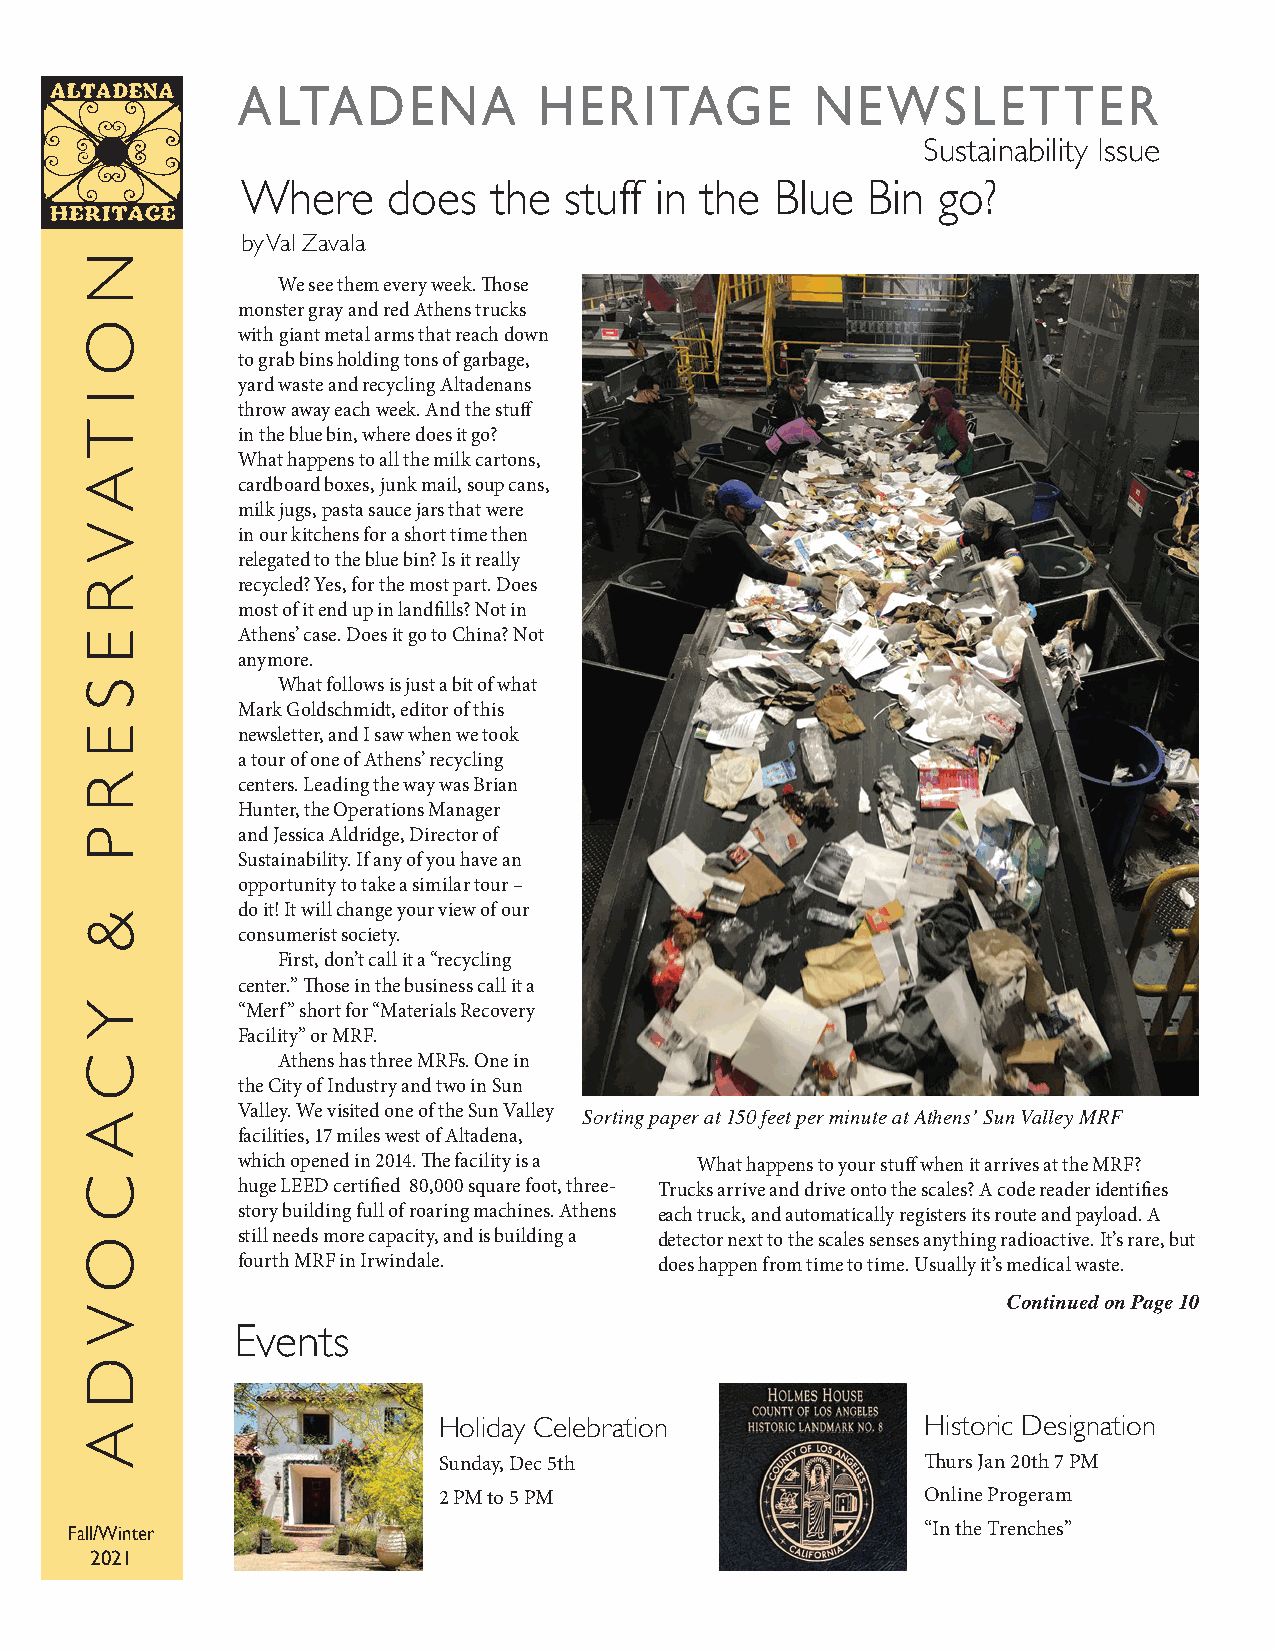
ALTADENA            HERITAGE          NEWSLETTER
 Sustainability Issue
 Where     does  the  stuff in the  Blue  Bin  go?
 by Val Zavala
 We see them every week. Those
 monster gray and red Athens trucks
 with giant metal arms that reach down
 to grab bins holding tons of garbage,
 yard waste and recycling Altadenans
 throw away each week. And the stuff
 in the blue bin, where does it go?
 What happens to all the milk cartons,
 cardboard boxes, junk mail, soup cans,
 milk jugs, pasta sauce jars that were
 in our kitchens for a short time then
 relegated to the blue bin? Is it really
 recycled? Yes, for the most part. Does
 most of it end up in landfills? Not in
 Athens’ case. Does it go to China? Not
 anymore.
 What follows is just a bit of what
 Mark Goldschmidt, editor of this
 newsletter, and I saw when we took
 a tour of one of Athens’ recycling
 centers. Leading the way was Brian
 Hunter, the Operations Manager
 and Jessica Aldridge, Director of
 Sustainability. If any of you have an
 opportunity to take a similar tour –
 do it! It will change your view of our
 consumerist society.
 First, don’t call it a “recycling
 center.” Those in the business call it a
 “Merf” short for “Materials Recovery
 Facility” or MRF.
 Athens has three MRFs. One in
 the City of Industry and two in Sun
 Valley. We visited one of the Sun Valley
 Sorting paper at 150 feet per minute at Athens’ Sun Valley MRF
 facilities, 17 miles west of Altadena,
 which opened in 2014. The facility is a What happens to your stuff when it arrives at the MRF?
 huge LEED certified 80,000 square foot, three- Trucks arrive and drive onto the scales? A code reader identifies
 story building full of roaring machines. Athens each truck, and automatically registers its route and payload. A
 still needs more capacity, and is building a detector next to the scales senses anything radioactive. It’s rare, but
 fourth MRF in Irwindale.    does happen from time to time. Usually it’s medical waste.
 Continued on Page 10
 Events
 Holiday Celebration             Historic Designation
 Sunday, Dec 5th                 Thurs Jan 20th 7 PM
 2 PM to 5 PM                    Online Progeram
 Fall/Winter                                             “In the Trenches”
 2021
 N
 O
 I
 T
 A
 V
 R
 E
 S
 E
 R
 P
 &
 Y
 C
 A
 C
 O
 V
 D
 A